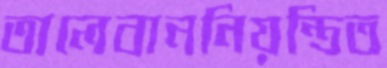
তালেবাননিয়ন্ত্রিত